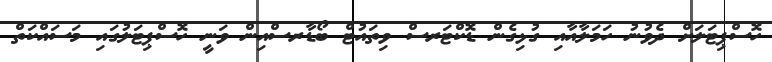
ހޮސްޕިޓަލަށް ދެވުނު ހަމަލާއާއި ގުޅިގެން ޑޮކްޓަރސް ވިތައުޓް ބޯޑާރސްއިން ވަނީ ހޮސްޕިޓަލުގައި މަސައްކަތް